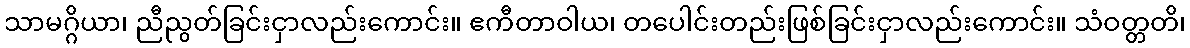
သာမဂ္ဂိယာ၊ ညီညွတ်ခြင်းငှာလည်းကောင်း။ ဧကီတာဝါယ၊ တပေါင်းတည်းဖြစ်ခြင်းငှာလည်းကောင်း။ သံဝတ္တတိ၊